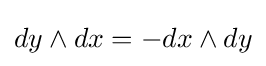
dy\wedge dx=-dx\wedge dy